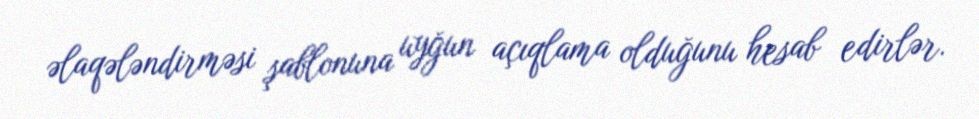
əlaqələndirməsi şablonuna uyğun açıqlama olduğunu hesab edirlər.